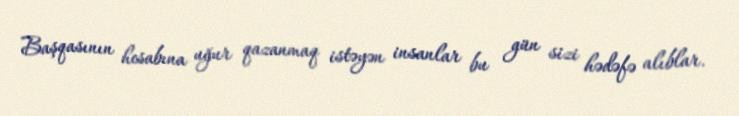
Başqasının hesabına uğur qazanmaq istəyən insanlar bu gün sizi hədəfə alıblar.